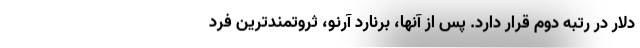
دلار در رتبه دوم قرار دارد. پس از آنها، برنارد آرنو، ثروتمندترین فرد